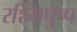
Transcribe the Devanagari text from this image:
रश्मिपुष्प